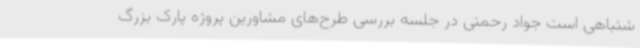
شتباهی است جواد رحمتی در جلسه بررسی طرح‌های مشاورین پروژه پارک بزرگ